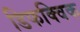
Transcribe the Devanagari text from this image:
डिफक्विक